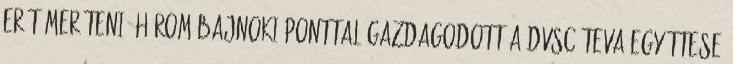
erőt meríteni. Három bajnoki ponttal gazdagodott a DVSC-TEVA együttese